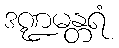
ဒဏ္ဍမန္တရံ